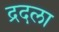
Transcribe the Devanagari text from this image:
द्रदला